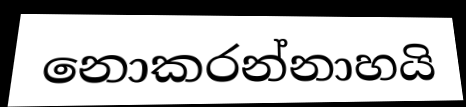
නොකරන්නාහයි